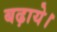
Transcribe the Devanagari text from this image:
बढ़ाये।